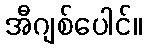
အီဂျစ်ပေါင်။